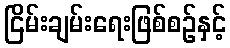
ငြိမ်းချမ်းရေးဖြစ်စဉ်နှင့်